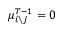
\mu _ { i \setminus j } ^ { T - 1 } = 0